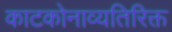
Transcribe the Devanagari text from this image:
काटकोनाव्यतिरिक्त